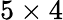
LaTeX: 5\times 4